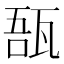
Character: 𤭑